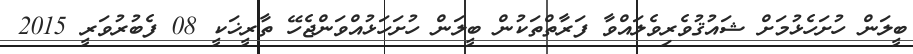
ބީލަން ހުށަހެޅުމަށް ޝައުޤުވެރިވެލައްވާ ފަރާތްތަކުން ބީލަން ހުށަހަޅުއްވަންޖެހޭ ތާރީޚަކީ 08 ފެބުރުވަރީ 2015